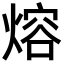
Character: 熔